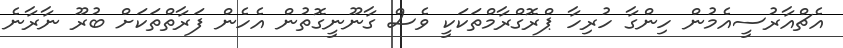
އެޗްއާރުސީއެމުން ހިންގާ ހުރިހާ ޕްރޮގްރާމްތަކަކީ ވެސް ގާނޫނީގޮތުން އެހެން ފަރާތްތަކަށް ބުރޫ ނާރާނެ